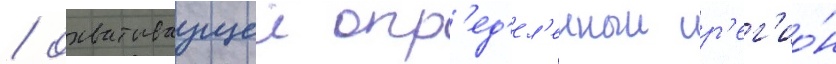
/ охватываущеи опр'ед'ел'енныи р'ег'ио́н